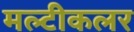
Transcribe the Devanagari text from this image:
मल्टीकलर